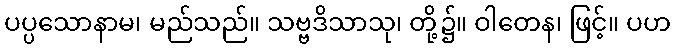
ပပ္ပသောနာမ၊ မည်သည်။ သဗ္ဗဒိသာသု၊ တို့၌။ ဝါတေန၊ ဖြင့်။ ပဟ